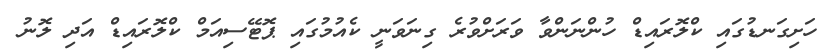
ހަށިގަނޑުގައި ކްލޮރައިޑް ހުންނަންވާ ވަރަށްވުރެ ގިނަވަނީ ކެއުމުގައި ޕޮޓޭސިއަމް ކްލޮރައިޑް އަދި ލޮނު